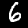
Digit: 6